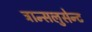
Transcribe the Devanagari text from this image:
ट्रान्सलुसेन्ट